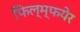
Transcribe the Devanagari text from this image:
फिल्म्फयेर